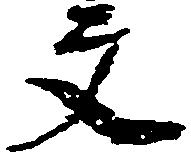
文